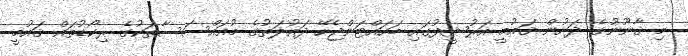
މި ޤާނޫނުގެ ދަށުން ޤައުމީ އަރުޝީފުގައި ބަހައްޓަންޖެހޭ ދައުލަތުގެ މުއައްސަސާތަކުގެ ރިކޯޑުތައް ޤައުމީ